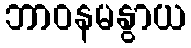
ဘာဝနမနွာယ